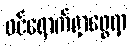
ဝင်ရောက်ရှာဖွေရာ